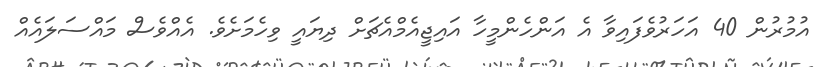
އުމުރުން 40 އަހަރުވެފައިވާ އެ އަންހެންމީހާ އައިޖީއެމްއެޗަށް ދިޔައީ ވިހެމަށެވެ. އެއްވެސް މައްސަލައެއް